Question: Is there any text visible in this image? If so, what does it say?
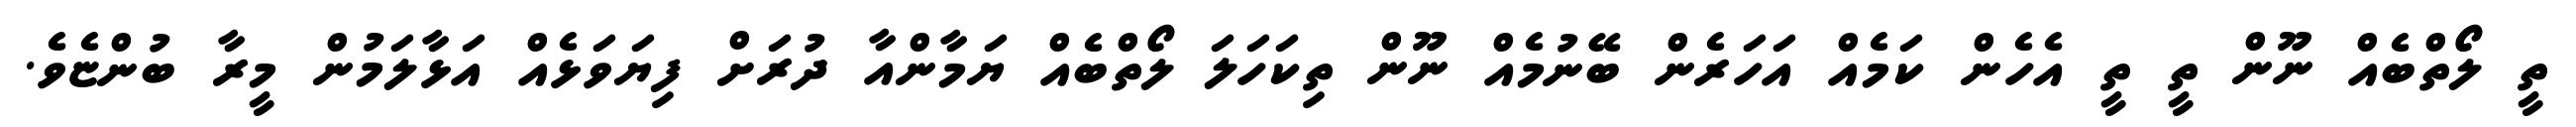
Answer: ތީ ލޯތްބެއް ނޫން ތީ ތީ އެހެން ކަމެއް އަހަރެން ބޭނުމެއް ނޫން ތިކަހަލަ ލޯތްބެއް ޔަމާންއާ ދުރަށް ފިޔަވަޅެއް އަޅާލަމުން މީރާ ބުންޏެވެ.